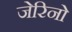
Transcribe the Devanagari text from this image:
जेरिनो